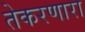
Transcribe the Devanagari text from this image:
तेकरणारा